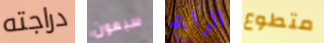
دراجته سبعون الرابح متطوع